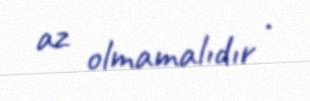
az olmamalıdır .